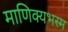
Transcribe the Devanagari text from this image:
माणिक्यभस्म